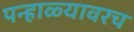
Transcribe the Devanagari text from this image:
पन्हाळ्यावरच